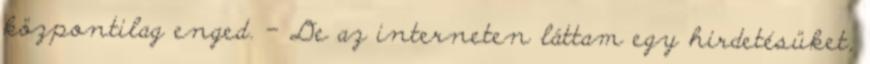
központilag enged. – De az interneten láttam egy hirdetésüket,